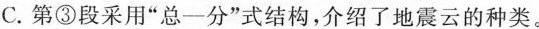
C.第③段采用”总—分”式结构，介绍了地震云的种类。